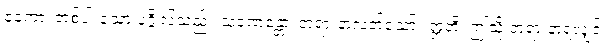
ဧကော၊ တစ်ပါးသော ပုဂ္ဂိုလ်သည်။ သုဏေန္တော၊ တရားနာလတ်သော်။ ဣတိ၊ ဤသို့ တရားနာရလျှင်။